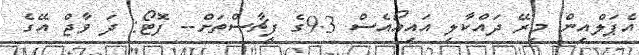
އެޕަލްއިން މިރޭ ދައްކާލި އައިއޯއެސް 9.3ގެ ފީޗާސްތަށް-- ފޮޓޯ: ދަ ވާޖް އޭގެ